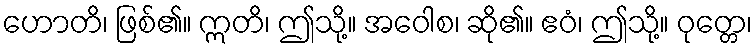
ဟောတိ၊ ဖြစ်၏။ ဣတိ၊ ဤသို့။ အဝေါစ၊ ဆို၏။ ဧဝံ၊ ဤသို့။ ဝုတ္တေ၊